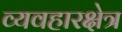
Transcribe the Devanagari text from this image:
व्यवहारक्षेत्र